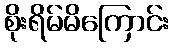
စိုးရိမ်မိကြောင်း